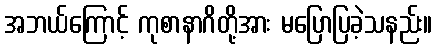
အဘယ်ကြောင့် ကုစာနာဂိတို့အား မပြောပြခဲ့သနည်း။